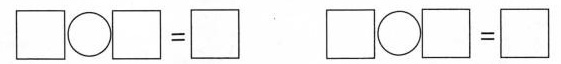
\Box \bigcirc \Box =\Box \Box \bigcirc \Box =\Box